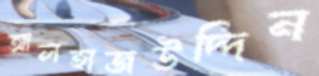
আলহাজউদ্দিন